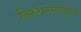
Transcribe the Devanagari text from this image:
तिरुवननंतपुरम